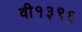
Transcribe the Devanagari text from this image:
वी१३९६